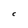
Character: C